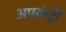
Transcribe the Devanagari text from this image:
अपकंट्री